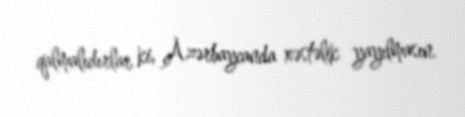
qalmalıdırlar ki, Azərbaycanda xəstəlik yayılmasın.